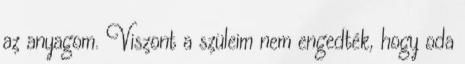
az anyagom. Viszont a szüleim nem engedték, hogy oda